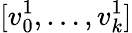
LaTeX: [v_{0}^{1},\ldots,v_{k}^{1}]